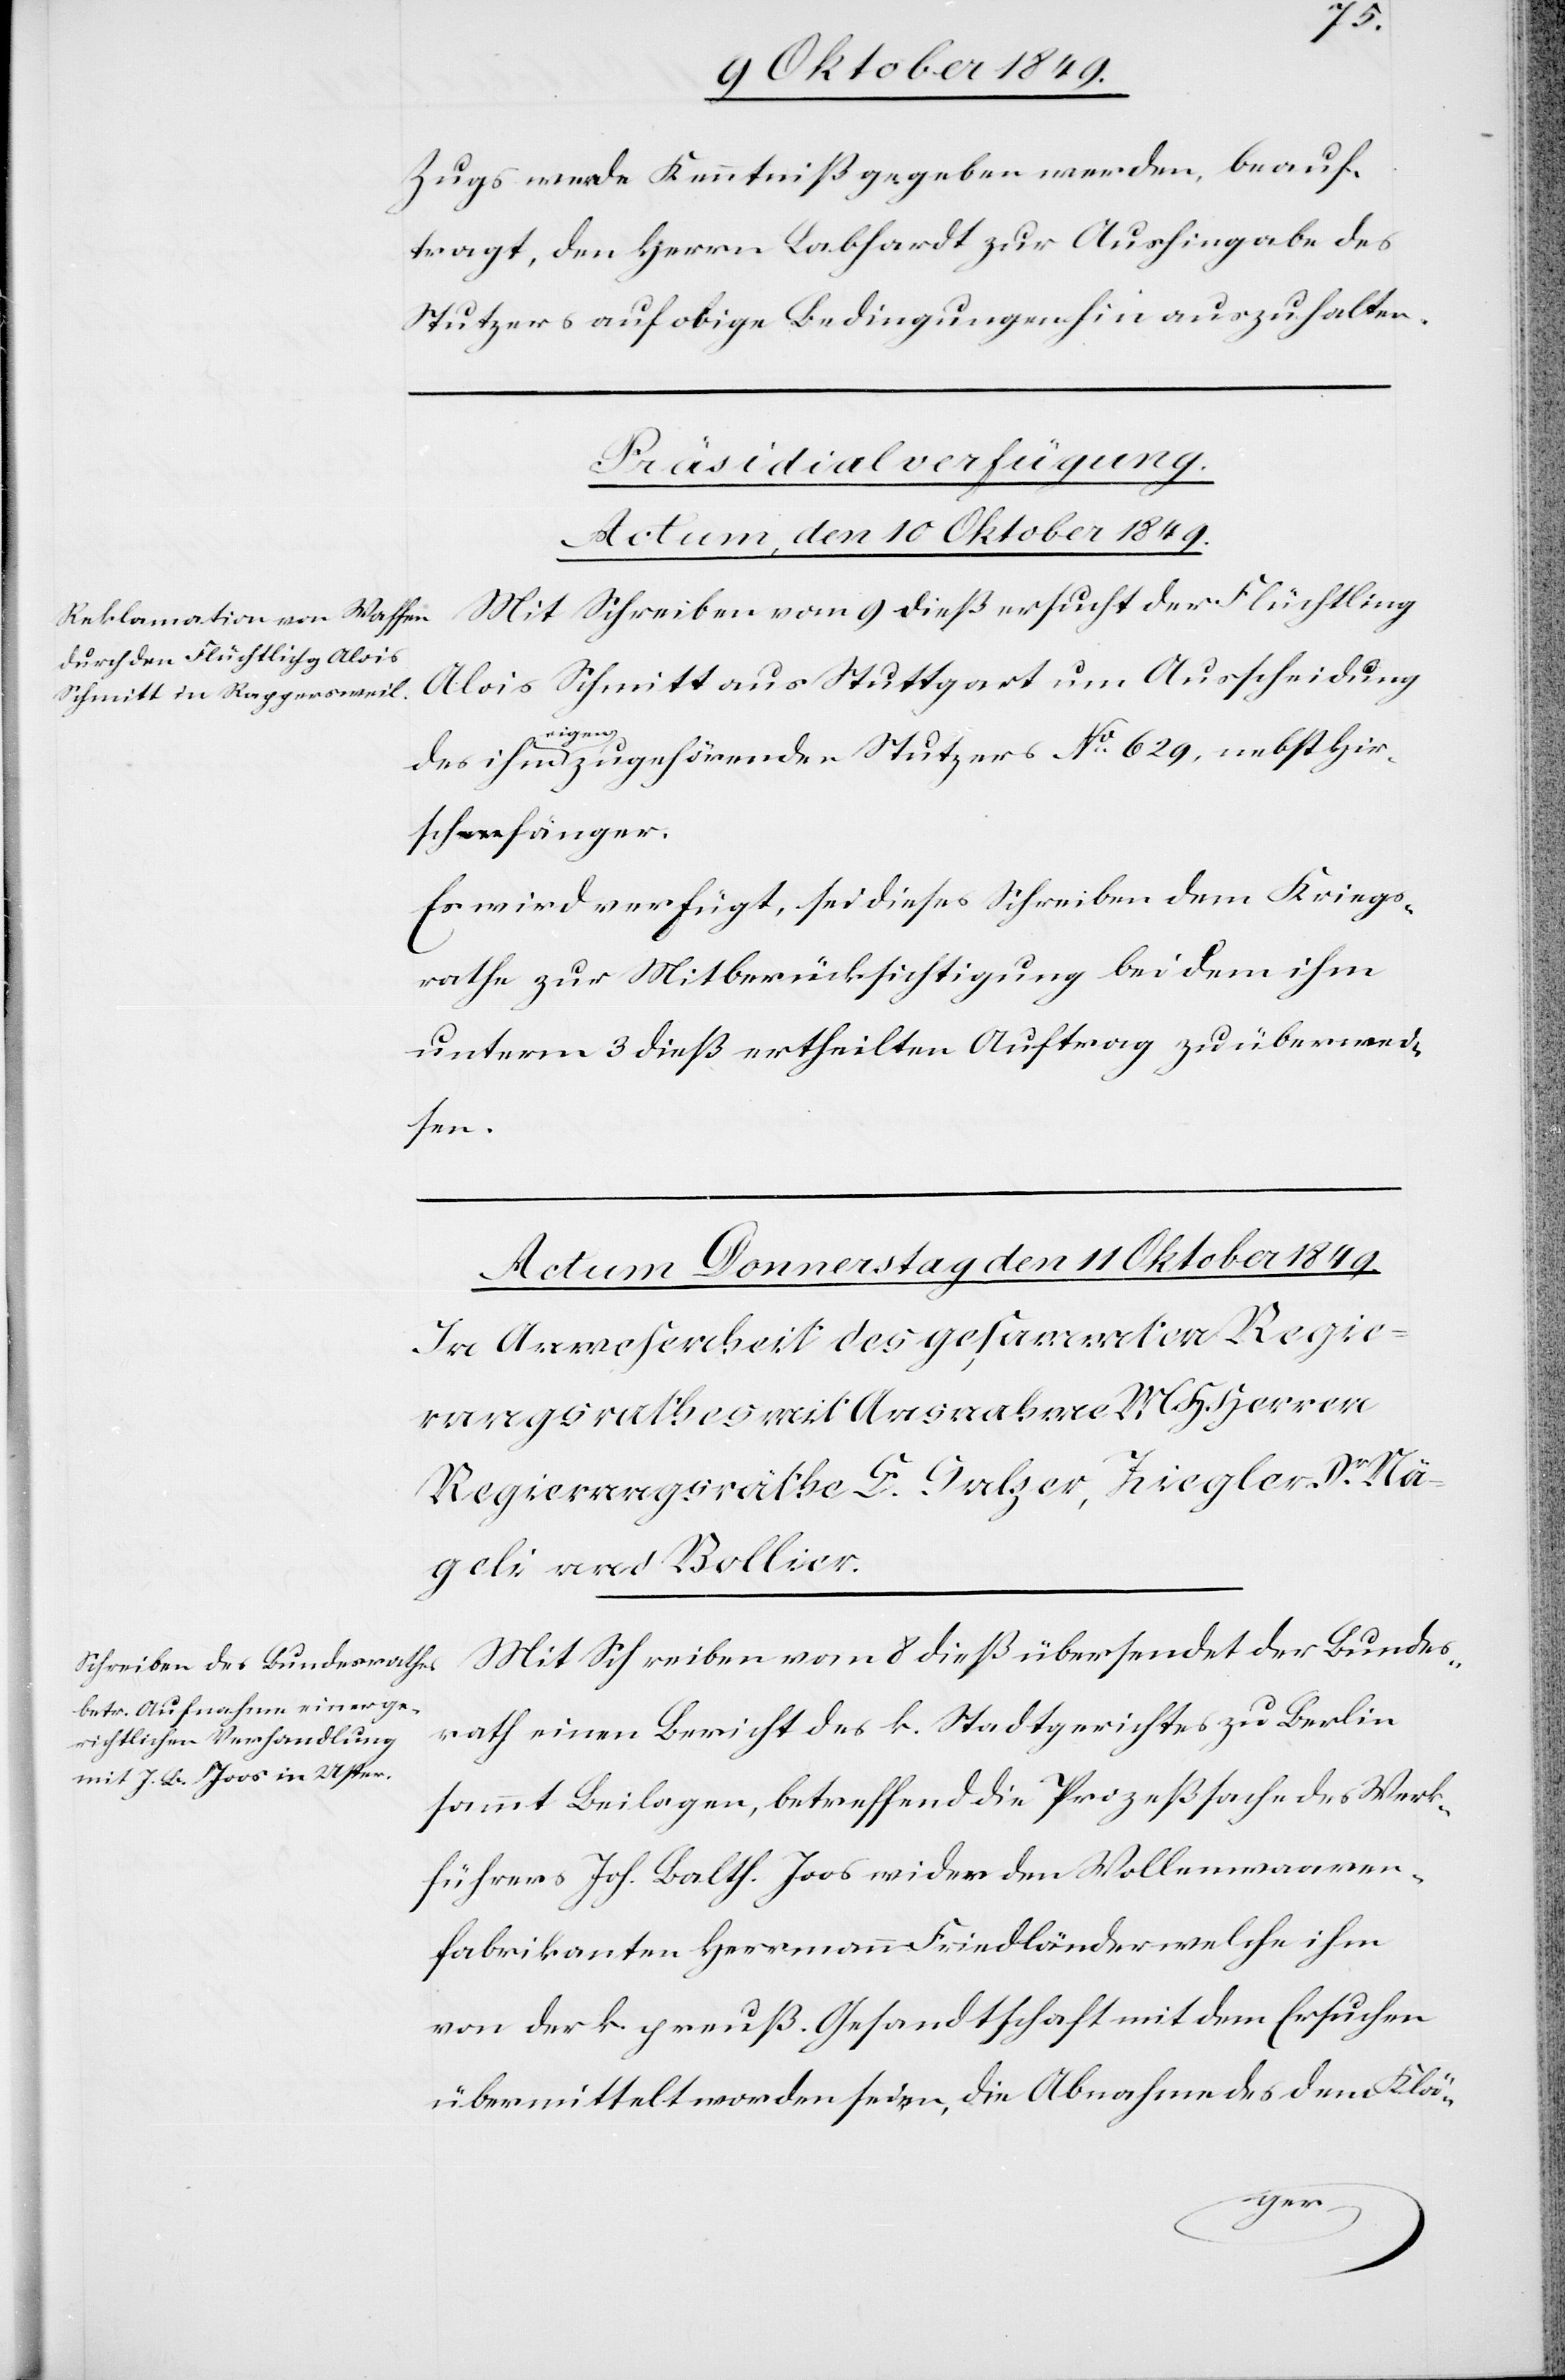
d.
Zugs werde Kenntniß gegeben werden, beauf¬
tragt, den Herrn Labhardt zur Aushingabe des
Stutzers auf obige Bedingungen hin auszuhalten.
Präsidial-Verfügung.
Actum, den 10 Oktober 1849.
Mit Schreiben vom 8 dieß übersendet der Bundes¬
Alois Schmitt aus Stuttgart um Ausscheidung
eigens
zugehörenden Stutzers N° 629, nebst Hir¬
schenfänger.
Es wird verfügt, sei dieses Schreiben dem Kriegs¬
rathe zur Mitberücksichtigung bei dem ihm
unterm 3 dieß ertheilten Auftrag zu überwei¬
sen.
rath einen Bericht des k. Stadtgerichtes zu Berlin
sammt Beilagen, betreffend die Prozeßsache des Werk¬
führers Joh. Balth. Joos wider den Wollewaaren¬
fabrikanten Herrmann Friedländer welche ihm
von der k. preußischen Gesandtschaft mit dem Ersuchen
übermittelt worden seien, die Abnahme des dem Klä-